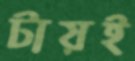
টায়ই